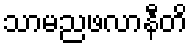
သာမညဖလာနီတိ